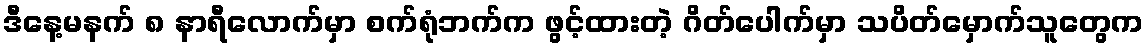
ဒီနေ့မနက် ၈ နာရီလောက်မှာ စက်ရုံဘက်က ဖွင့်ထားတဲ့ ဂိတ်ပေါက်မှာ သပိတ်မှောက်သူတွေက